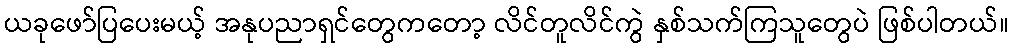
ယခုဖော်ပြပေးမယ့် အနုပညာရှင်တွေကတော့ လိင်တူလိင်ကွဲ နှစ်သက်ကြသူတွေပဲ ဖြစ်ပါတယ်။